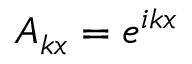
A _ { k x } = e ^ { i k x }